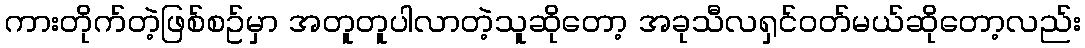
ကားတိုက်တဲ့ဖြစ်စဥ်မှာ အတူတူပါလာတဲ့သူဆိုတော့ အခုသီလရှင်ဝတ်မယ်ဆိုတော့လည်း